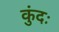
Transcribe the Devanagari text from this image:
कुंदः